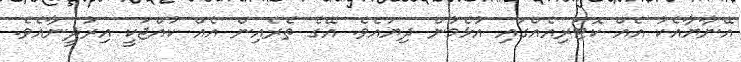
އޭނާޔާއެކު އެއް ކޮޓަރިއެއްގައި އުޅެމުން ދިޔައެވެ. އޭގެ ތެރެއިން އެއް ކުއްޖަކީ އިރުދީނާއެވެ.